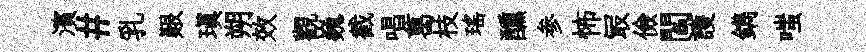
濱#乳艱瑱朔效觀巍截唱葛枝瑶醺参怖冣儉閻護鐫嗤